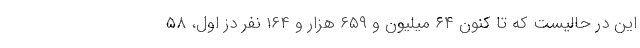
این در حالیست که تا کنون ۶۴ میلیون و ۶۵۹ هزار و ۱۶۴ نفر دُز اول، ۵۸